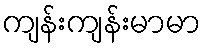
ကျန်းကျန်းမာမာ